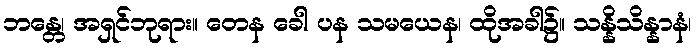
ဘန္တေ၊ အရှင်ဘုရား။ တေန ခေါ ပန သမယေန၊ ထိုအခါ၌။ သန္နိသိန္နာနံ၊